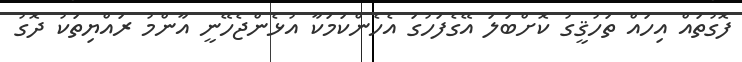
ފޮގުތައް އިހައް ތަހުޤީގު ކޮށްބަލަ އޭގެފަހުގަ އެހެންކަމަކާ އުޅެންޖެހޭނީ އާންމު ރައްޔިތަކު ދޮގު